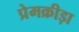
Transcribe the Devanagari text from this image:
प्रेमक्रीड़ा